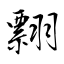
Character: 翲